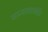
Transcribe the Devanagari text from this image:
मान्यताहलांकि